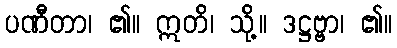
ပဏီတာ၊ ၏။ ဣတိ၊ သို့။ ဒဋ္ဌဗ္ဗာ၊ ၏။